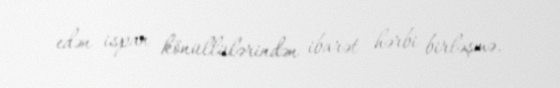
edən ispan könüllülərindən ibarət hərbi birləşmə.